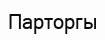
Парторгы